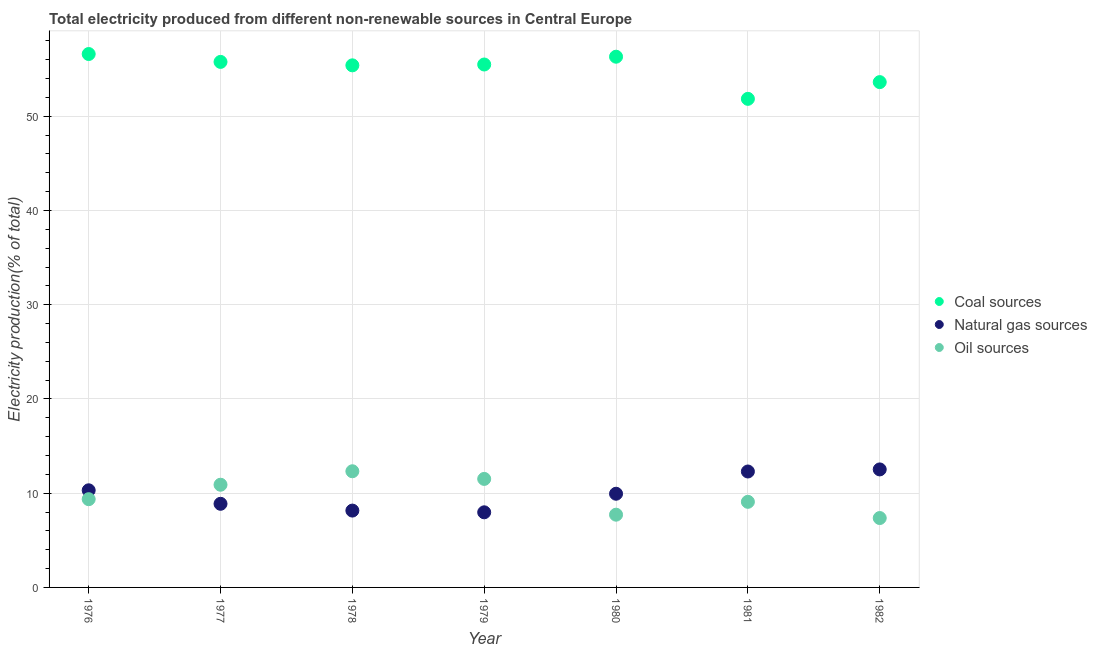
| Year | Coal sources | Natural gas sources | Oil sources |
 | --- | --- | --- | --- |
 | 1976 | 56.6 | 10.3 | 9.37 |
 | 1977 | 55.8 | 8.87 | 10.9 |
 | 1978 | 55.4 | 8.15 | 12.3 |
 | 1979 | 55.5 | 7.97 | 11.5 |
 | 1980 | 56.3 | 9.94 | 7.72 |
 | 1981 | 51.9 | 12.3 | 9.09 |
 | 1982 | 53.6 | 12.5 | 7.36 |